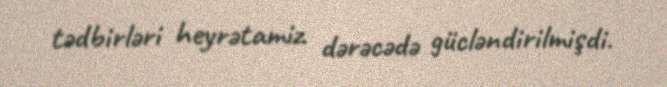
tədbirləri heyrətamiz dərəcədə gücləndirilmişdi.